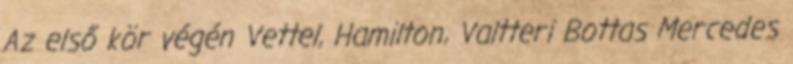
Az első kör végén Vettel, Hamilton, Valtteri Bottas Mercedes